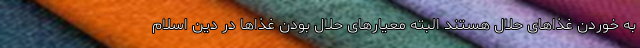
به خوردن غذاهای حلال هستند البته معیارهای حلال بودن غذاها در دین اسلام